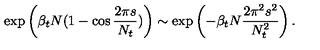
\exp \left( \beta _ { t } N ( 1 - \cos { \frac { 2 \pi s } { N _ { t } } } ) \right) \sim \exp \left( - \beta _ { t } N { \frac { 2 \pi ^ { 2 } s ^ { 2 } } { N _ { t } ^ { 2 } } } \right) .